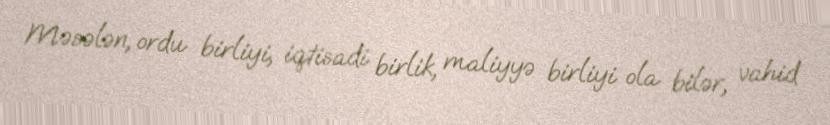
Məsələn, ordu birliyi, iqtisadi birlik, maliyyə birliyi ola bilər, vahid